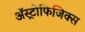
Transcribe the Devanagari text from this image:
अॅस्ट्रोफिजिक्स